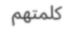
كلمتھم